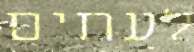
לעתים